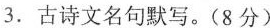
3.古诗文名句默写。(8分)